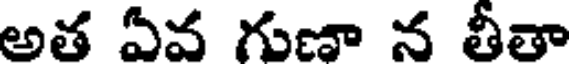
అత ఏవ గుణా న తీతా